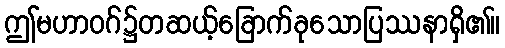
ဤမဟာဝဂ်၌တဆယ့်ခြောက်ခုသောပြဿနာရှိ၏။